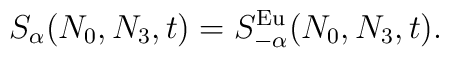
S_{\alpha}(N_0,N_3,t)=S^{\rm Eu}_{-\alpha} (N_0,N_3,t).